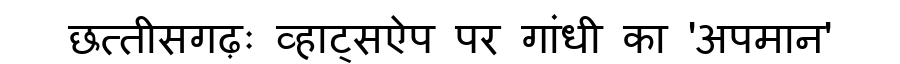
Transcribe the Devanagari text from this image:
छत्तीसगढ़ः व्हाट्सऐप पर गांधी का 'अपमान'